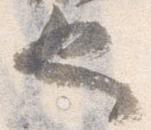
也